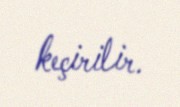
keçirilir.